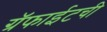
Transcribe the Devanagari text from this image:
ग्रॅफाईटची